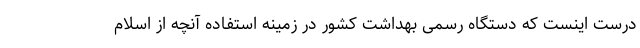
درست اینست که دستگاه رسمی بهداشت کشور در زمینه استفاده آنچه از اسلام